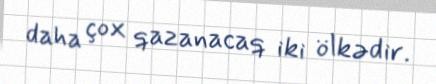
daha çox qazanacaq iki ölkədir.